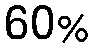
60%